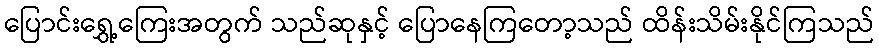
ပြောင်းရွှေ့ကြေးအတွက် သည်ဆုနှင့် ပြောနေကြတော့သည် ထိန်းသိမ်းနိုင်ကြသည်